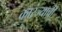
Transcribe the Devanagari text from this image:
कारंज्याची